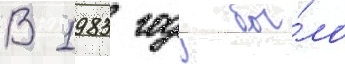
В 1983 году бы́ло